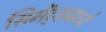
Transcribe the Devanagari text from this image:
सिमेंट्समध्ये